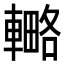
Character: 𨎟